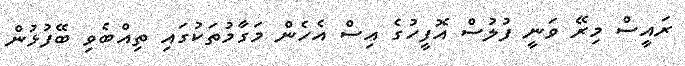
ރައީސް މިރޭ ވަނީ ފުލުސް އޮފީހުގެ އިސް އެހެން މަގާމުތަކުގައި ތިއްބެވި ބޭފުޅުން